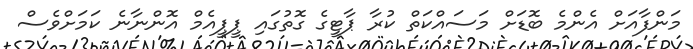
މަންފާއަށް އެންމެ ބޮޑަށް މަސައްކަތް ކުރާ ޕާޓީގެ ގޮތުގައި ޕީޕީއެމް އޮންނާނެ ކަމަށްވެސް